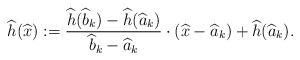
\begin{align*}\widehat{h}(\widehat{x}):= \frac{\widehat{h}(\widehat b_k)-\widehat{h}(\widehat a_k)}{\widehat{b}_k-\widehat{a}_k}\cdot (\widehat{x}-\widehat{a}_k)+\widehat{h}(\widehat{a}_k). \end{align*}